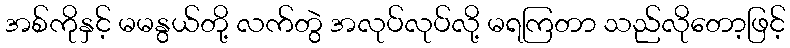
အစ်ကိုနှင့် မမနွယ်တို့ လက်တွဲ အလုပ်လုပ်လို့ မရကြတာ သည်လိုတော့ဖြင့်